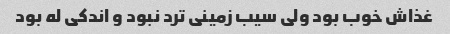
غذاش خوب بود ولی سیب زمینی ترد نبود و اندکی له بود